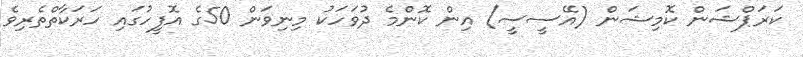
ކަރަޕްޝަން ކޮމިޝަން (އޭސީސީ) އިން ކޮންމެ ދުވަހަކު މިނިވަން 50ގެ އޮފީހުގައި ހަރަކާތްތެރިވެ